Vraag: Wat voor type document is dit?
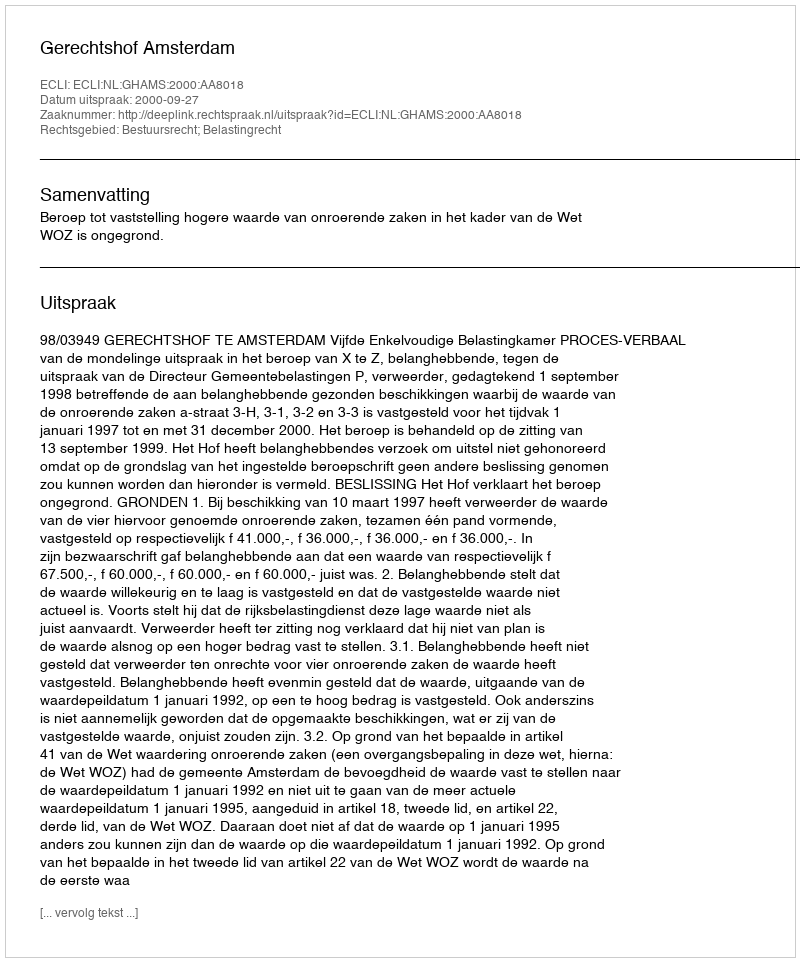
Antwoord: Uitspraak